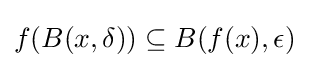
f(B(x,\delta ))\subseteq B(f(x),\epsilon )